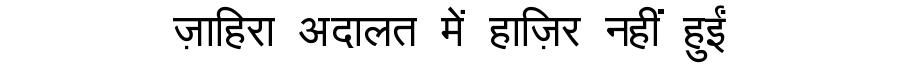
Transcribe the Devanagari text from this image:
ज़ाहिरा अदालत में हाज़िर नहीं हुईं